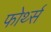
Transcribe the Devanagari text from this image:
फोर्थ्स